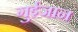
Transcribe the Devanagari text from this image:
गुईजान